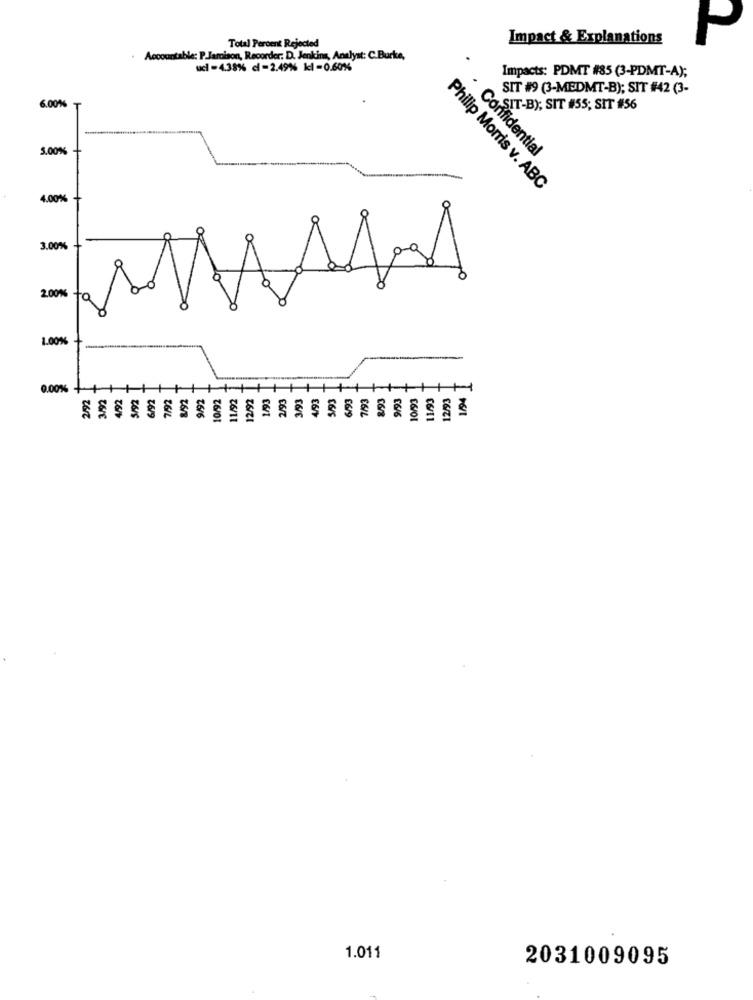
Impact & Explanations
P
Total Percent Rejected
Accountable: P.Jamison, Recorder: D. Jenkins, Analyst: C.Burke,
ucl -4.38% ci-2.49% kl - 0.60%
Impacts: PDMT #85 (3-PDMT-A);
SIT #9 (3-MEDMT-B); SIT #42 (3-
6.00%
SIT-BY, SIT #55; SIT #56
5.00%
Confidential
Philip Morris v. ABC
4.00%
3.00%
2.00%
1.00%
0.00%
H
292
12/92
2/93
[6/6
26/s
₹6/9
26/6
₹6/01
26/11
06/S
16/9
C6/11
1.011
2031009095